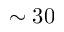
\sim 3 0